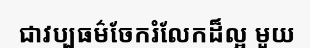
ជាវប្បធម៌ចែករំលែកដ៏ល្អ មួយ